Punjab Mental Hospital Lahore 1922-31 - 1922-1931
Year: 1922
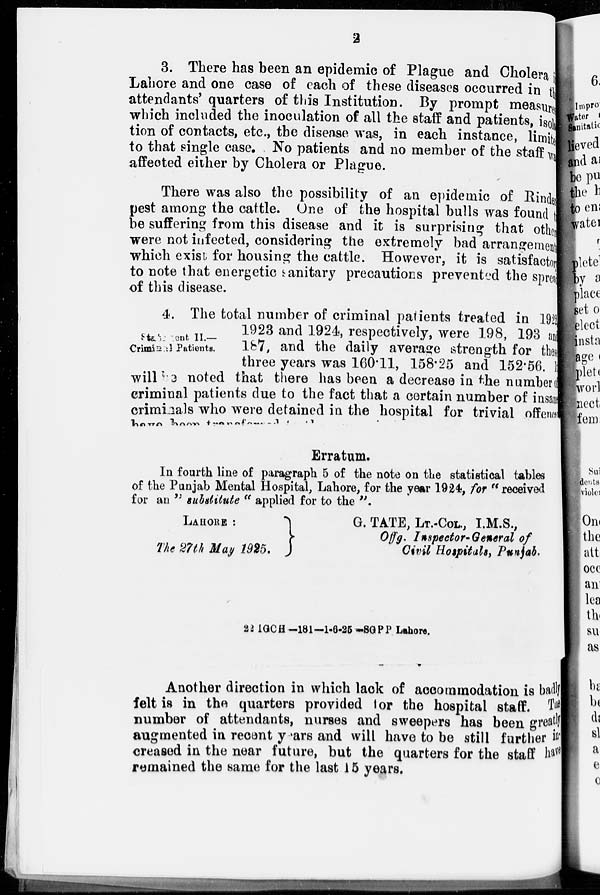
2
3. There has been an epidemic of Plague and Cholera in
Lahore and one case of each of these diseases occurred in the
attendants' quarters of this Institution. By prompt measures
which included the inoculation of all the staff and patients, isola
tion of contacts, etc., the disease was, in each instance, limite
to that single case. No patients and no member of the staff was
affected either by Cholera or Plague.
There was also the possibility of an epidemic of Rinder
pest among the cattle. One of the hospital bulls was found to
be suffering from this disease and it is surprising that other
were not infected, considering the extremely bad arrangement
which exist for housing the cattle. However, it is satisfactory
to note that energetic sanitary precautions prevented the spread
of this disease.
Statement II.—
Criminal Patients.
4. The total number of criminal patients treated in 1922
1923 and 1924, respectively, were 198, 193 and
187, and the daily average strength for these
three years was 160.11, 158.25 and 152.56. It
will be noted that there has been a decrease in the number of
criminal patients due to the fact that a certain number of insane
criminals who were detained in the hospital for trivial offeness
Erratum.
In fourth line of paragraph 5 of the note on the statistical tables
of the Punjab Mental Hospital, Lahore, for the year 1924, for " received
for an " substitute " applied for to the ".
LAHORE :
G. TATE, LT.-COL., I.M.S.,
Offg. Inspector-General of
The 27th May 1925.
Civil Hospitals, Punjab.
22 IGCH—181—l-6-25—SGPP Lahore.
Another direction in which lack of accommodation is badl y
felt is in the quarters provided for the hospital staff. The
number of attendants, nurses and sweepers has been greatly
augmented in recent years and will have to be still further in-
creased in the near future, but the quarters for the staff have
remained the same for the last 15 years.